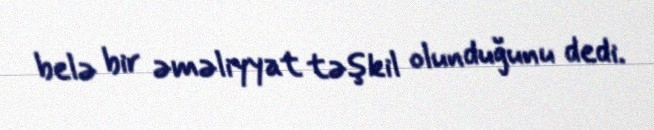
belə bir əməliyyat təşkil olunduğunu dedi.